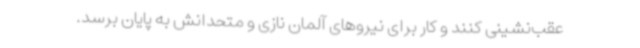
عقب‌نشینی کنند و کار برای نیروهای آلمان نازی و متحدانش به پایان برسد.